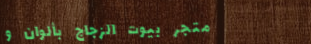
متجر بيوت الزجاج بألوان و